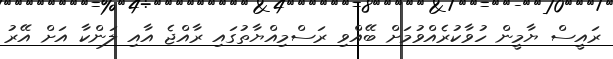
ރައީސް ޔާމީން ހުވާކުރެއްވުމަށް ބޭއްވި ރަސްމިއްޔާތުގައި ރާއްޖެ އާއި ލަންކާ އަށް އޭރު